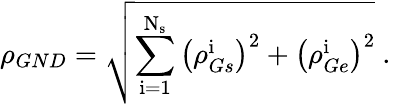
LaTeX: \rho_{GND}=\sqrt{\sum_{\mathrm{i}=1}^{\mathrm{N}_{\mathrm{s}}}\left(\rho_{Gs}^{\mathrm{i}}\right)^{2}+\left(\rho_{Ge}^{\mathrm{i}}\right)^{2}}\mathrm{~.~}